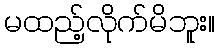
မထည့်လိုက်မိဘူး။